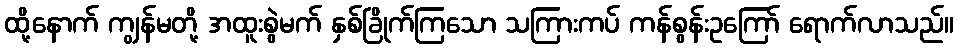
ထို့နောက် ကျွန်မတို့ အထူးစွဲမက် နှစ်ခြိုက်ကြသော သကြားကပ် ကန်စွန်းဥကြော် ရောက်လာသည်။